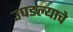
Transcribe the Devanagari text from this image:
उघडल्‍याचे